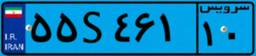
۵۵S۴۶۱۱۰